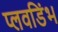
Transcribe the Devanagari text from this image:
प्लवडिंभ